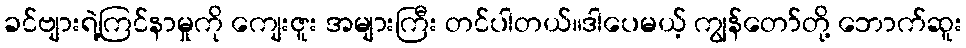
ခင်ဗျားရဲ့ကြင်နာမှုကို ကျေးဇူး အများကြီး တင်ပါတယ်။ဒါပေမယ့် ကျွန်တော်တို့ ဘောက်ဆူး